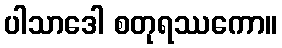
ပါသာဒေါ စတုရဿကော။